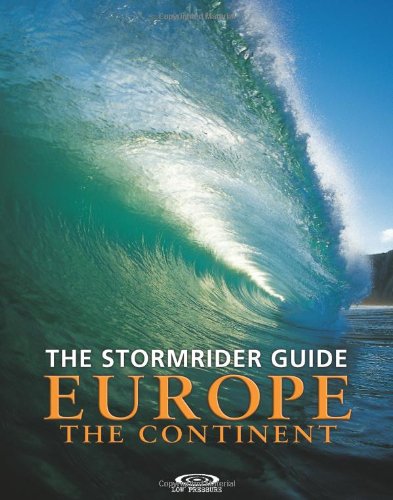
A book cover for The Stormrider Guide Europe: The Continent (Stormrider Surf Guides) (English and French Edition); Sports & Outdoors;